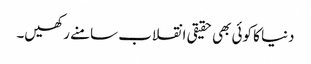
دنیا کا کوئی بھی حقیقی انقلاب سامنے رکھیں۔